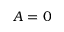
A = 0